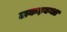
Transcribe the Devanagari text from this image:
लकड़बग्धा